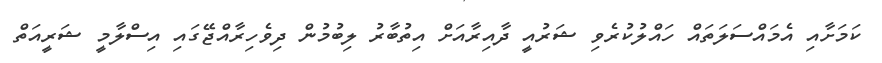
ކަމަށާއި އެމައްސަލަތައް ހައްލުކުރެވި ޝަރުއީ ދާއިރާއަށް އިތުބާރު ލިބުމުން ދިވެހިރާއްޖޭގައި އިސްލާމީ ޝަރީއަތް